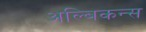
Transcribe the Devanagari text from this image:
अल्बिकन्स